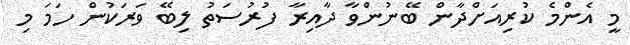
މީ އެންމެ ކުރިއަށްދާން ބޭނުންވާ ދާއިރާ ފުރުސަތު ލިބޭ ވަރަކުން ހަމަ މި